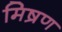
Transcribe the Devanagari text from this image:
मिष्रण